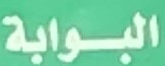
البوابة